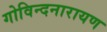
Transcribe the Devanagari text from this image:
गोविन्दनारायण